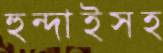
হুন্দাইসহ